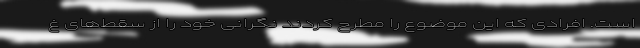
است. افرادی که این موضوع را مطرح کردند نگرانی خود را از سقط‌های غ